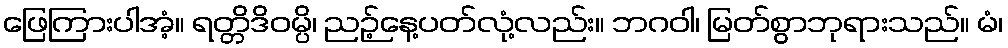
ဖြေကြားပါအံ့။ ရတ္တိဒိဝမ္ပိ၊ ညဉ့်နေ့ပတ်လုံ့လည်း။ ဘဂဝါ၊ မြတ်စွာဘုရားသည်။ မံ၊